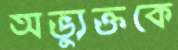
অভ্যুক্তকে